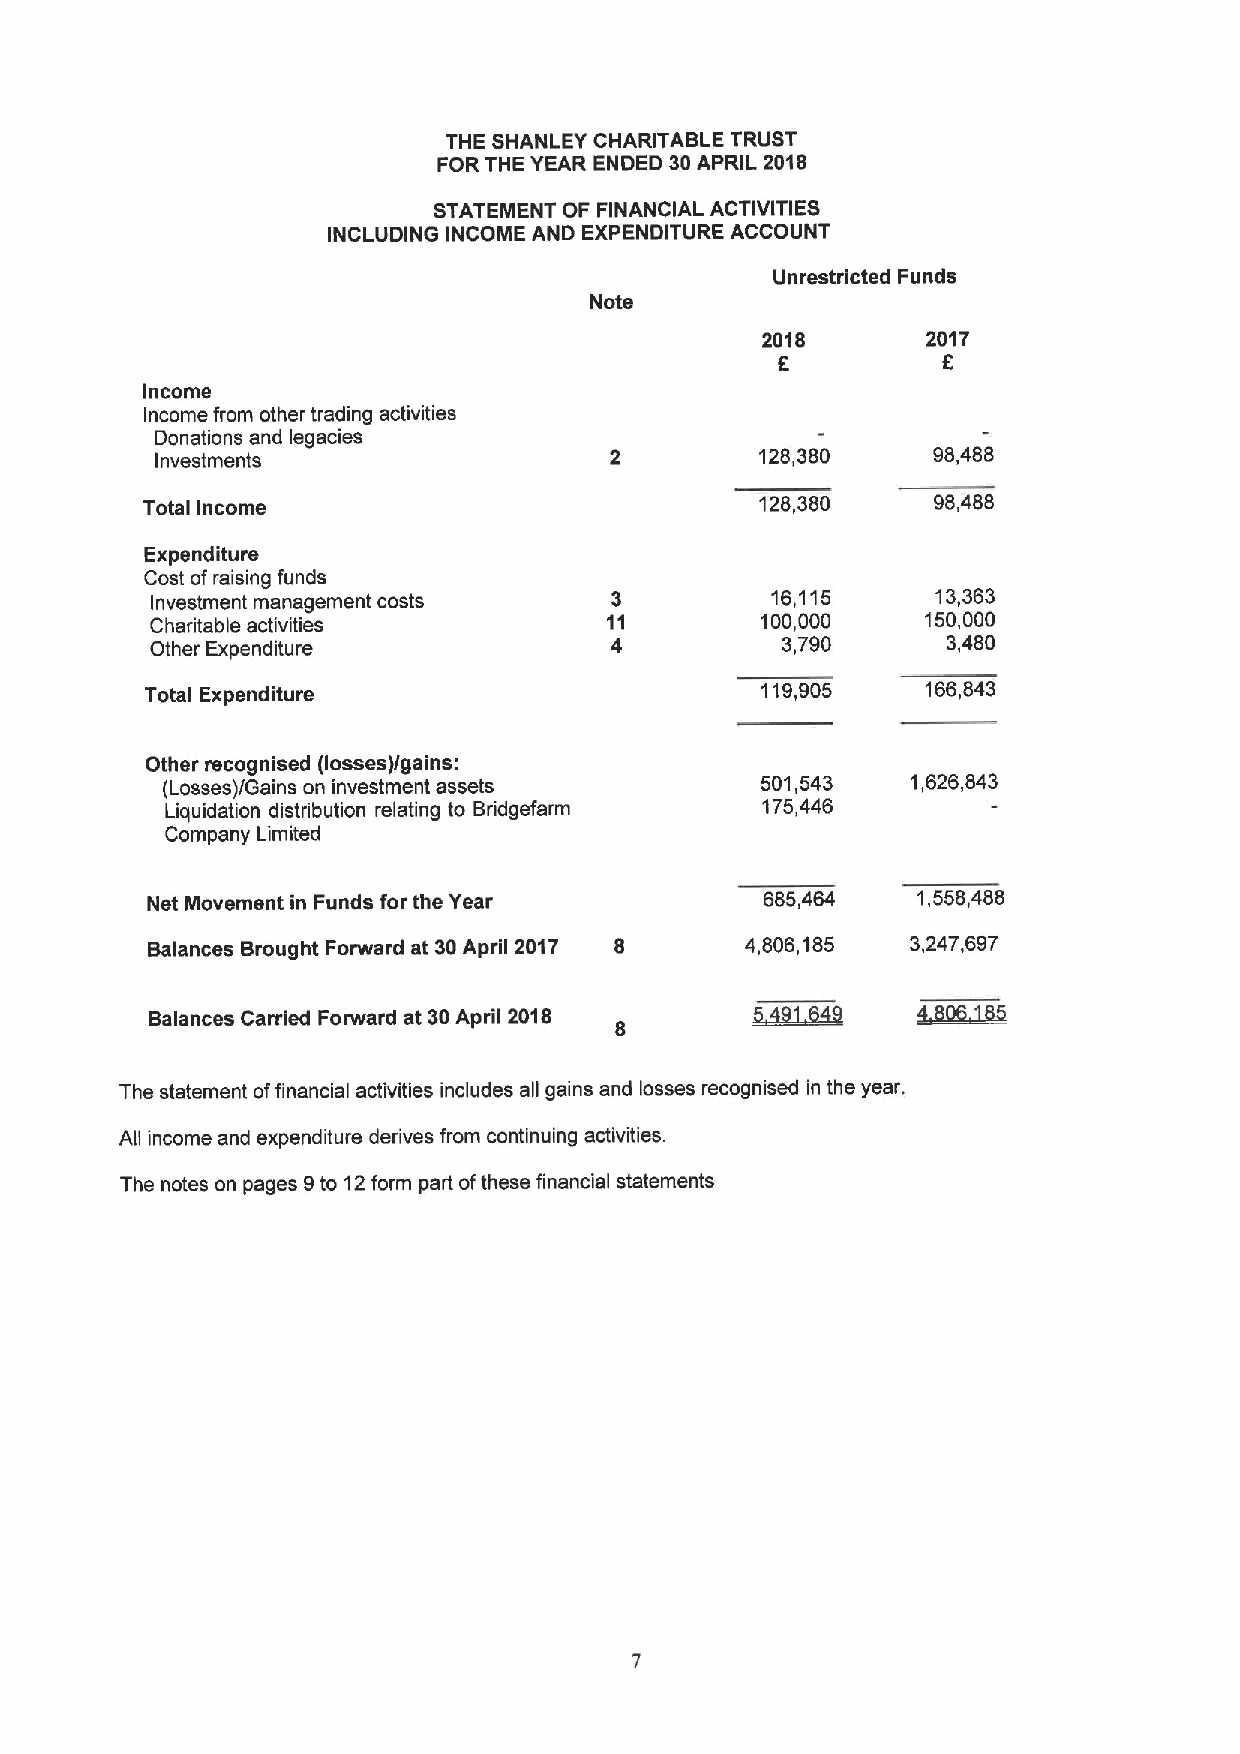
THE SHANLEY CHARITABLE TRUST
 FOR THE YEAR ENDED 30APRIL 2018
 STATEMENT OF FINANCIAL ACTIVITIES
 INCLUDING INCOME AND EXPENDITURE ACCOUNT
 Unrestricted Funds
 Note
 2018       2017
 f
 8
 Income
 Income from other trading activities
 Donations and legacies
 Investments
 128,380     98,488
 Total Income                             128,380     98,488
 Expenditure
 Cost ofraising funds
 Investment management costs   3          16,115     13,363
 Charitable activities         11        100,000    150,000
 Other Expenditure             4           3,790      3,480
 Total Expenditure                       119,905    166,843
 Other recognised (losses)/gains:
 (Losses)/Gains on investment assets    501,543   1,626,843
 Liquidation distribution relating to Bridgefarm 175,446
 Company Limited
 Net Movement in Funds for the Year       685,464   1,558,488
 Balances Brought Forward at 30April 2017 8 4,806,185 3,247,697
 Balances Carried Forward at 30April 2018
 The statement offinancial activities includes all gains and losses recognised in the year,
 All income and expenditure derives from continuing activities.
 The notes on pages 9to 12form part ofthese financial statements